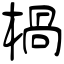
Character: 楇